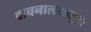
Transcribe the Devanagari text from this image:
वाचनालयातून